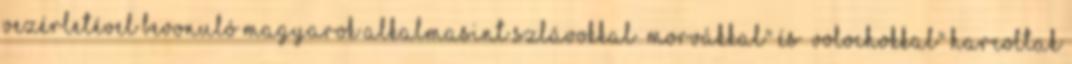
vezérletével bevonuló magyarok alkalmasint szlávokkal „morvákkal" és „volochokkal" harcoltak